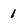
Character: 1